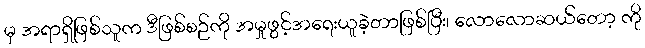
မှ အရာရှိဖြစ်သူက ဒီဖြစ်စဉ်ကို အမှုဖွင့်အရေးယူခဲ့တာဖြစ်ပြီး၊ လောလောဆယ်တော့ ကို